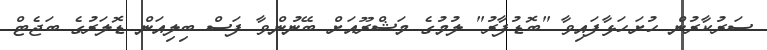
ސަރުކާރުން ހުށަހަޅާފައިވާ "ބޮޑުފާރު" ލުމުގެ މަޝްރޫއަށް ބޭނުންވާ ފަސް ބިލިއަން ޑޮލަރުގެ ބަޖެޓް